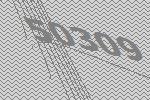
50309